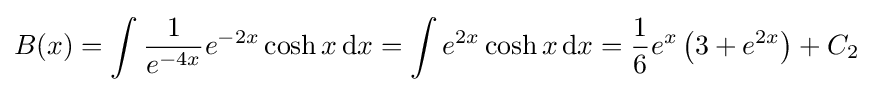
B(x)=\int {1 \over e^{-4x}}e^{-2x}\cosh x\,\mathrm {d} x=\int e^{2x}\cosh x\,\mathrm {d} x={1 \over 6}e^{x}\left(3+e^{2x}\right)+C_{2}